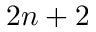
2 n + 2